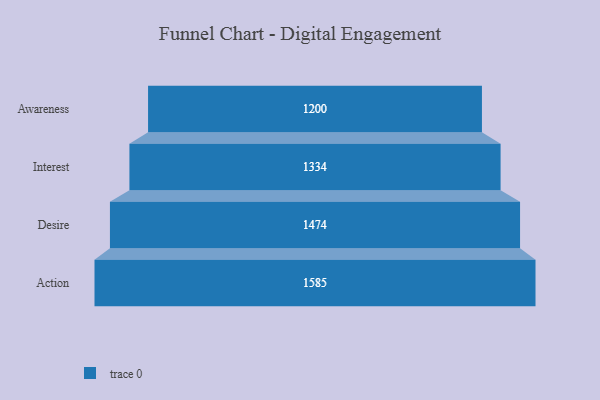
{"axis": {"x": "Stage", "y": "Value"}, "legend": [""], "data": [{"x": "Awareness", "y": 1200.0, "type": ""}, {"x": "Interest", "y": 1334.0, "type": ""}, {"x": "Desire", "y": 1474.0, "type": ""}, {"x": "Action", "y": 1585.0, "type": ""}]}